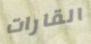
القارات